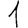
Digit: 1